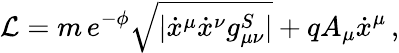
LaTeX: {\cal L}=m\, e^{-\phi}\sqrt{|\dot{x}^{\mu}\dot{x}^{\nu}g_{\mu\nu}^{S}|}+qA_{\mu}\dot{x}^{\mu}\, ,